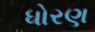
ધોરણ